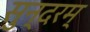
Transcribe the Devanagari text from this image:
सुन्‍दरम्